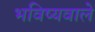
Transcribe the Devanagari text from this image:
भविष्यवाले